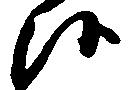
候